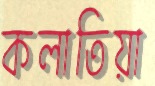
কলাতিয়া